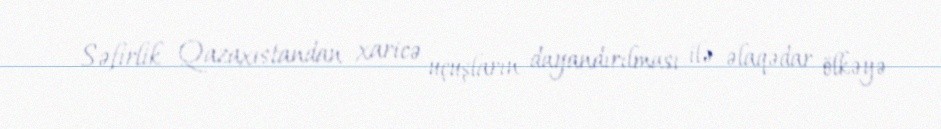
Səfirlik Qazaxıstandan xaricə uçuşların dayandırılması ilə əlaqədar ölkəyə